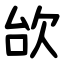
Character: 㰧